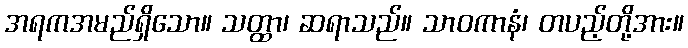
အရကအမည်ရှိသော။ သတ္ထာ၊ ဆရာသည်။ သာဝကာနံ၊ တပည့်တို့အား။